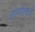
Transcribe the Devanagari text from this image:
सागोलाचे